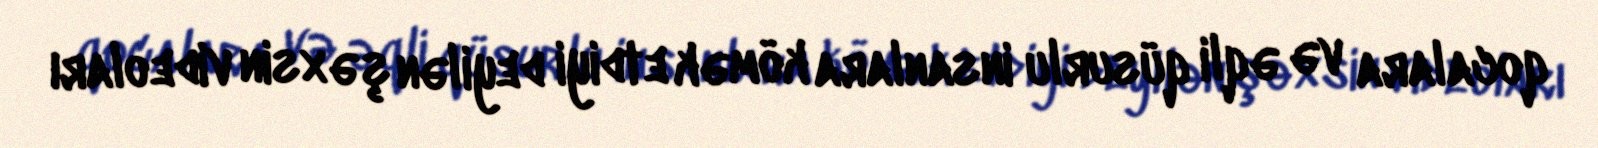
qocalara və əqli qüsurlu insanlara kömək etdiyi deyilən şəxsin videoları